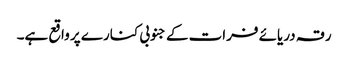
رقہ دریائے فرات کے جنوبی کنارے پر واقع ہے۔